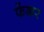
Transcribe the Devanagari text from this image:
फेंकर